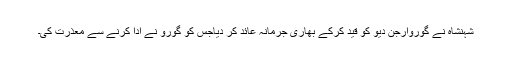
شہنشاہ نے گوروارجن دیو کو قید کرکے بھاری جرمانہ عائد کر دیاجس کو گورو نے ادا کرنے سے معذرت کی۔